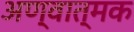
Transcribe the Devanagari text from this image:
अण्वात्मक